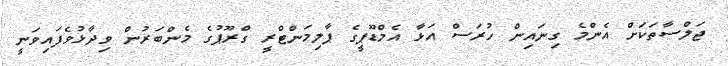
ޖަލްސާތަކަށް އެންމެ ގިނައިން ހުރަސް އަޅާ އެމްޑޫޕީގެ ޕާލިމަންޓްރީ ގްރޫޕުގެ މެންބަރުން ވިދާޅުވެފައިވަނީ